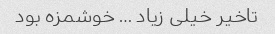
تاخیر خیلی زیاد … خوشمزه بود